Report of an investigation of the epidemic of malarial fever in Assam, or, kala-azar
Disease focus: Malaria
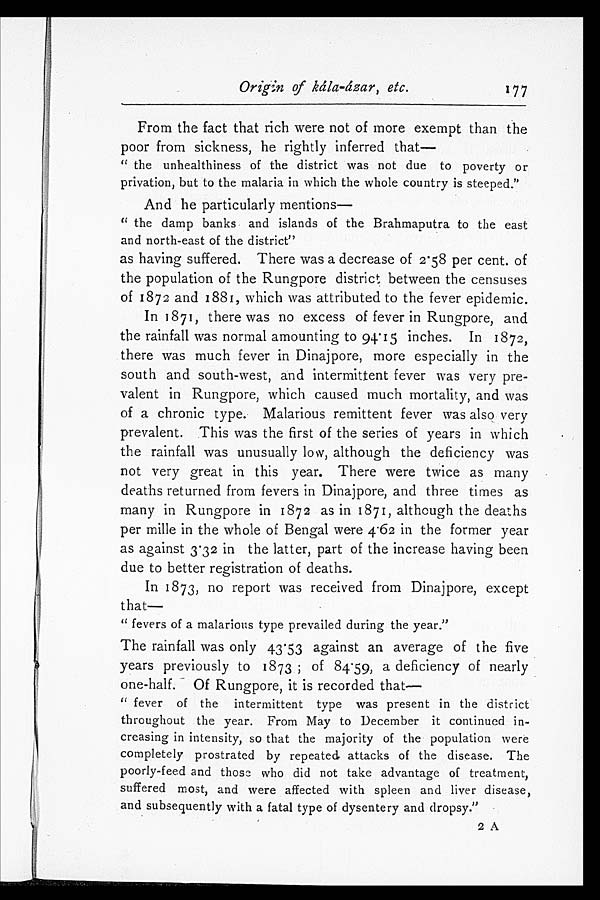
Origin of kála-ázar, etc.
177
From the fact that rich were not of more exempt than the
poor from sickness, he rightly inferred that
—
"the unhealthiness of the district was not due to poverty or
privation, but to the malaria in which the whole country is steeped."
And he particularly mentions
—
"the damp banks and islands of the Brahmaputra to the east
and north-east of the district"
as having suffered. There was a decrease of 2·58 per cent. of
the population of the Rungpore district between the censuses
of 1872 and 1881, which was attributed to the fever epidemic.
In 1871, there was no excess of fever in Rungpore, and
the rainfall was normal amounting to 94·15 inches. In 1872,
there was much fever in Dinajpore, more especially in the
south and south-west, and intermittent fever was very pre
-valent in Rungpore, which caused much mortality, and was
of a chronic type. Malarious remittent fever was also very
prevalent. This was the first of the series of years in which
the rainfall was unusually low, although the deficiency was
not very great in this year. There were twice as many
deaths returned from fevers in Dinajpore, and three times as
many in Rungpore in 1872 as in 1871, although the deaths
per mille in the whole of Bengal were 4·62 in the former year
as against 3·32 in the latter, part of the increase having been
due to better registration of deaths.
In 1873, no report was received from Dinajpore, except
that—
"fevers of a malarious type prevailed during the year."
The rainfall was only 43·53 against an average of the five
years previously to 1873; of 84·59, a deficiency of nearly
one-half. Of Rungpore, it is recorded that
—
"fever of the intermittent type was present in the district
throughout the year. From May to December it continued in
-creasing in intensity, so that the majority of the population were
completely prostrated by repeated attacks of the disease. The
poorly-feed and those who did not take advantage of treatment,
suffered most, and were affected with spleen and liver disease,
and subsequently with a fatal type of dysentery and dropsy."
2 A